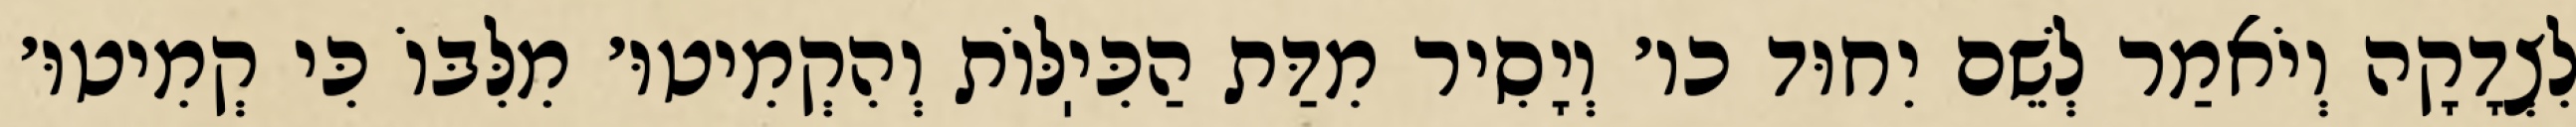
לִצְדָקָה וְיֹאמַר לְשֵׁם יִחוּד כו׳ וְיָסִיר מִדַּת הַכִּיֽלּוֹת וְהִקְמִיטוּ׳ מִלִּבּוֹ כִּי קְמִיטוּ׳